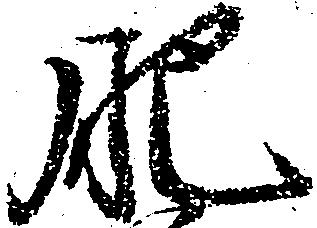
肥